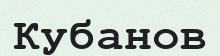
Кубанов